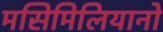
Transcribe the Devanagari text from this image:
मसिमिलियानो